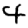
Digit: 4